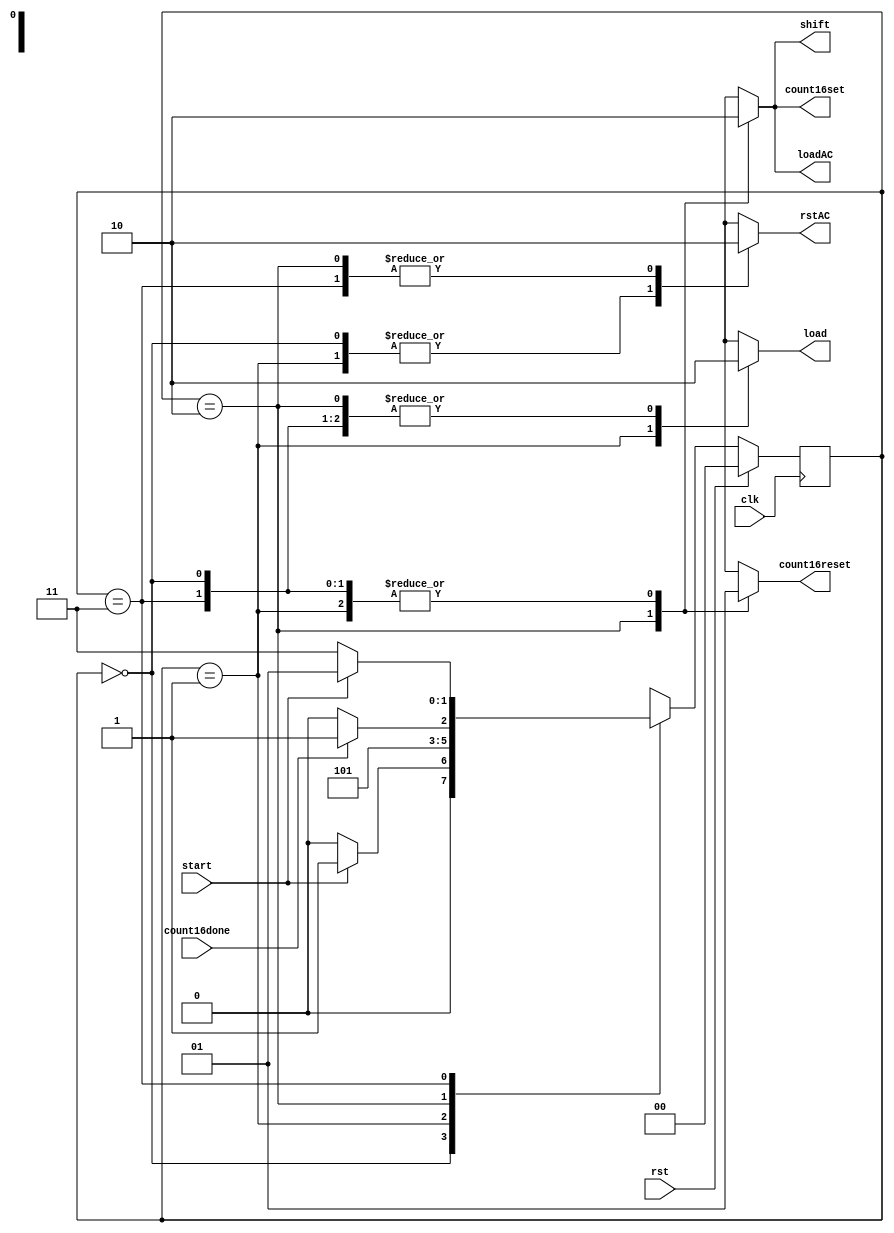
`timescale 1ns / 1ps

//////////////////////////////////////////////////////////////////////////////////


module CONTROLLER(load,
                  loadAC,
                  rstAC,
                  shift,
                  count16set,
                  count16reset,
                  
                  clk,
                  start,
                  rst,
                  count16done);
output reg load,
           loadAC,
           rstAC,
           shift,
           count16set,
           count16reset;
input clk,
      rst,
      start,
      count16done;
parameter S0=2'b00,S1=2'b01,S2=2'b10,S3=2'b11;  
reg[1:0] ps,ns;
always @(posedge clk)
begin
 if(rst)
  ps<= #3 S0;
 else
  ps<=#3 ns;
end    

always @(*)
begin
case(ps)
S0: begin
     rstAC=1'b1;
     loadAC=1'b0;
     load=1'b0;
     shift=1'b0;
     count16set=1'b0;
     count16reset=1'b1;  
     if(start)
      ns=S1;
     else
      ns=S0;
    end
S1: begin
     rstAC=1'b1;
     loadAC=1'b0;
     load=1'b1;
     shift=1'b0;
     count16set=1'b0;
     count16reset=1'b1; 
     
     ns=S2;
    end 
S2: begin
     rstAC=1'b0;
     loadAC=1'b1;
     load=1'b0;
     shift=1'b1;
     count16set=1'b1;
     count16reset=1'b0; 
     if(count16done)
      ns=S3;
     else
      ns=S2; 
    end   
S3: begin
     rstAC=1'b0;
     loadAC=1'b0;
     load=1'b0;
     shift=1'b0;
     count16set=1'b0;
     count16reset=1'b1;
     if(start)
      ns=S1;
     else
      ns=S3;
    end 
default: begin
          rstAC=1'b1;
          loadAC=1'b0;
          load=1'b0;
          shift=1'b0;
          count16set=1'b0;
          count16reset=1'b1;
          
          ns=S0;
         end 
endcase                       
end                             
                                      
endmodule

//`timescale 1ns / 1ps
////////////////////////////////////////////////////////////////////////////////////

////////////////////////////////////////////////////////////////////////////////////


//module CONTROLLER(rstAC,
//                  loadAC,
//                  load,
//                   shift,
//                   count16set,
//                   count16reset,
//                   clk,
//                   start,
//                   count16done,
//                   rst);   
// output reg rstAC,
//        loadAC,
//        load,
//        shift,
//        count16set,
//        count16reset;
// input  clk,
//        start,
//        count16done,
//        rst;
//parameter n=16, // multiplicand width size 
//          m=16; // mulitplier width size  
//parameter[1:0] S0=2'b00,S1=2'b01,S2=2'b10,S3=2'b11; 
//reg[1:0] ps,ns;
//always @(posedge clk)
//begin
// if(rst) 
//  ps<=2'b00;
// else
//  ps<=ns;
//end      

//always @(*)
// case(ns)
//S0: begin
//     if(start)
//      begin
//       rstAC=1'b1;
//       loadAC=1'b0;
//       load=1'b1;
//       shift=1'b0;
//       count16set=1'b0;
//       count16reset=1'b1;
//      end
//     else
//      begin
//       rstAC=1'b1;
//       loadAC=1'b0;
//       load=1'b0;
//       shift=1'b0;
//       count16set=1'b0;
//       count16reset=1'b1;
//      end 
//    end
//S1: begin
//       rstAC=1'b0;
//       loadAC=1'b1;
//       load=1'b0;
//       shift=1'b1;
//       count16set=1'b1;
//       count16reset=1'b0;
//    end 
//S2: begin
//     if(count16done)
//      begin
//       rstAC=1'b0;
//       loadAC=1'b0;
//       load=1'b0;
//       shift=1'b0;
//       count16set=1'b0;
//       count16reset=1'b0;
//      end
//     else
//      begin
//       rstAC=1'b0;
//       loadAC=1'b1;
//       load=1'b0;
//       shift=1'b1;
//       count16set=1'b1;
//       count16reset=1'b0;
//      end 
//    end 
//S3: begin
//     if(start)
//      begin
//       rstAC=1'b1;
//       loadAC=1'b0;
//       load=1'b1;
//       shift=1'b0;
//       count16set=1'b0;
//       count16reset=1'b1;
//      end
//     else
//      begin
//       rstAC=1'b0;
//       loadAC=1'b0;
//       load=1'b0;
//       shift=1'b0;
//       count16set=1'b0;
//       count16reset=1'b0;
//      end 
//    end    
//default: begin
//       rstAC=1'b1;
//       loadAC=1'b0;
//       load=1'b0;
//       shift=1'b0;
//       count16set=1'b0;
//       count16reset=1'b1;
//         end           
// endcase                              
                     
// always @(*)
//if(rst)
//  ns=S0;
//else
// case(ps)
//S0: begin
//     if(start)
//      ns=S1;
//     else
//      ns=S0;
//    end
//S1: begin
//     ns=S2;
//    end  
//S2: begin
//     if(count16done)
//      ns=S3;
//     else
//      ns=S2;
//    end   
//S3: begin
//     if(start)
//      ns=S1;
//     else
//      ns=S3;
//    end 
//default: begin
//          ns=S0;
//         end          
// endcase
                                   
//endmodule